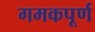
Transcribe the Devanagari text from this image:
गमकपूर्ण